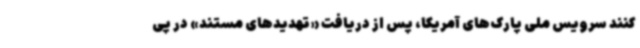
کنند سرویس ملی پارک‌های آمریکا، پس از دریافت «تهدیدهای مستند» در پی